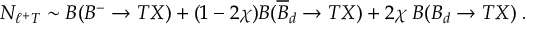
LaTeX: \Pi _ { \pm 2 } ^ { \underline { { m } } } = \lambda _ { \pm } \sigma ^ { \underline { { m } } } \lambda _ { \pm } ;